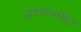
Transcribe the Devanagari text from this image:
हृदयामधील